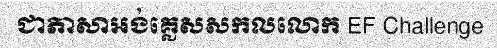
ជាភាសាអង់គ្លេសសកលលោក EF Challenge